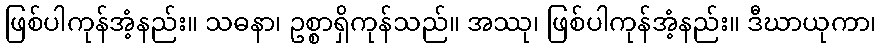
ဖြစ်ပါကုန်အံ့နည်း။ သဓနာ၊ ဥစ္စာရှိကုန်သည်။ အဿု၊ ဖြစ်ပါကုန်အံ့နည်း။ ဒီဃာယုကာ၊